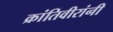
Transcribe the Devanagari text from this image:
क्रांतिवीरांनी